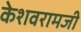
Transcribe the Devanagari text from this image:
केशवरामजी